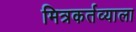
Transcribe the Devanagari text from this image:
मित्रकर्तव्याला